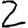
Digit: 2